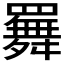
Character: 𦌬